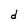
Character: d